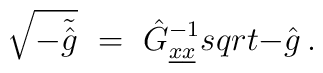
\sqrt{-\tilde{\hat{g}}}\ =\ \hat{G}_{\underline{x}\underline{x}}^{-1}\\sqrt{-\hat{g}}\, .